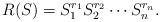
LaTeX: \begin{align*}R(S)=S^{r_1}_1 S^{r_2}_2 \cdots S^{r_n}_n.\end{align*}